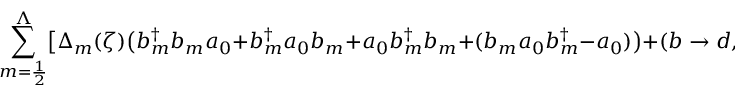
\sum _ { m = \frac { 1 } { 2 } } ^ { \Lambda } \bigl [ \Delta _ { m } ( \zeta ) \bigl ( b _ { m } ^ { \dag } b _ { m } a _ { 0 } + b _ { m } ^ { \dag } a _ { 0 } b _ { m } + a _ { 0 } b _ { m } ^ { \dag } b _ { m } + ( b _ { m } a _ { 0 } b _ { m } ^ { \dag } - a _ { 0 } ) \bigr ) + ( b \rightarrow d , \zeta \rightarrow - \zeta ) \bigr ] + { \hat { \rho } } ( \zeta ) a _ { 0 }